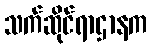
သက်ဆိုင်ရာဌာနက